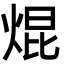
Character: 焜